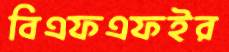
বিএফএফইর